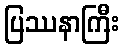
ပြဿနာကြီး